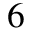
6